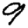
Digit: 9